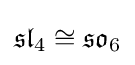
{\mathfrak {sl}}_{4}\cong {\mathfrak {so}}_{6}